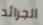
الجرائد